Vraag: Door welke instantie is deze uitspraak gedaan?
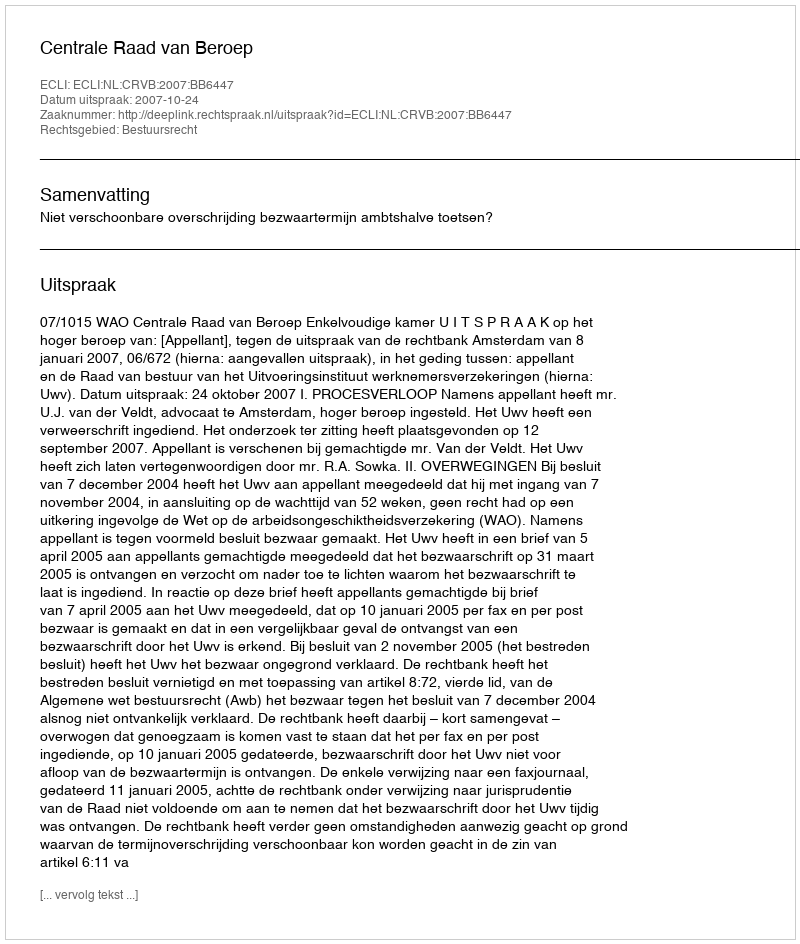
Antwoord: Centrale Raad van Beroep